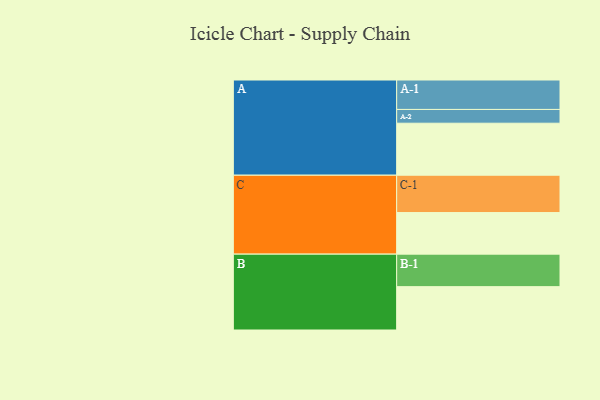
{"axis": {"x": "Segment", "y": "Value"}, "legend": ["", "A", "B", "C"], "data": [{"x": "A", "y": 408, "type": ""}, {"x": "B", "y": 340, "type": ""}, {"x": "C", "y": 326, "type": ""}, {"x": "A-1", "y": 231, "type": "A"}, {"x": "A-2", "y": 108, "type": "A"}, {"x": "B-1", "y": 255, "type": "B"}, {"x": "C-1", "y": 293, "type": "C"}]}